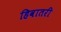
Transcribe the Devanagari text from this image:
हिवातरी